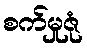
စက်မှုဇုံ